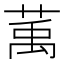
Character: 萭